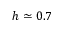
h \simeq 0 . 7